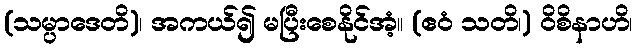
(သမ္ပာဒေတိ)၊ အကယ်၍ မပြီးစေနိုင်အံ့။ (ဧဝံ သတိ၊) ဝိစိနာဟိ၊